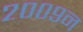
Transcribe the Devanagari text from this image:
२००९न